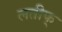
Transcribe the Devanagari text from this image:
लतीफ्